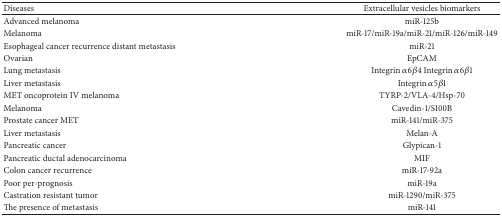
| Diseases | Extracellular vesicles biomarkers |
 | --- | --- |
 | Advanced melanoma | miR-125b |
 | Melanoma | miR-17/miR-19a/miR-21/miR-126/miR-149 |
 | Esophageal cancer recurrence distant metastasis | miR-21 |
 | Ovarian | EpCAM |
 | Lung metastasis | Integrin α6β4 Integrin α6β1 |
 | Liver metastasis | Integrin α5β1 |
 | MET oncoprotein IV melanoma | TYRP-2/VLA-4/Hsp-70 |
 | Melanoma | Cavedin-1/S100B |
 | Prostate cancer MET | miR-141/miR-375 |
 | Liver metastasis | Melan-A |
 | Pancreatic cancer | Glypican-1 |
 | Pancreatic ductal adenocarcinoma | MIF |
 | Colon cancer recurrence | miR-17-92a |
 | Poor per-prognosis | miR-19a |
 | Castration resistant tumor | miR-1290/miR-375 |
 | The presence of metastasis | miR-141 |